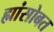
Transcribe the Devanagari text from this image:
ह्यांसोबत